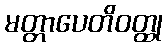
မတ္တာပေတိဝတ္ထု